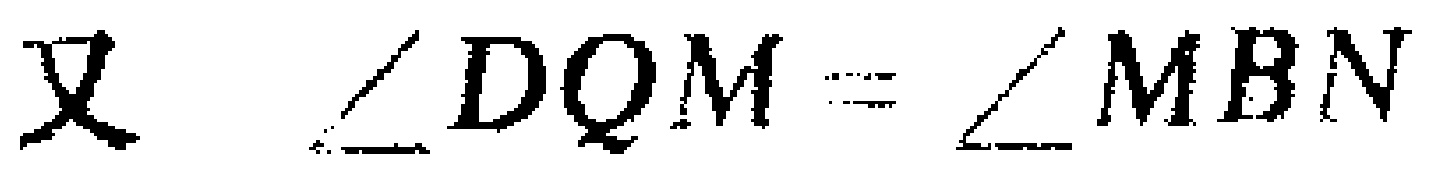
又 $\angle DQM = \angle MBN$